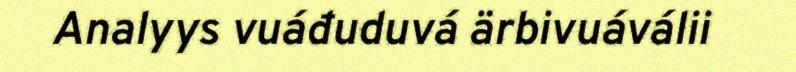
Analyys vuáđuduvá ärbivuáválii